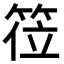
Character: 𬕅